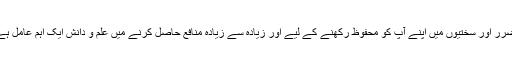
ضرر اور سختیوں میں اپنے آپ کو محفوظ رکھنے کے لیے اور زیادہ سے زیادہ منافع حاصل کرنے میں علم و دانش ایک اہم عامل ہے۔